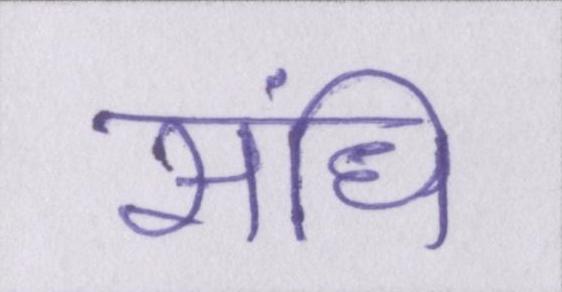
संधि